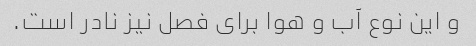
و این نوع آب و هوا برای فصل نیز نادر است.